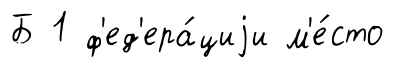
Б 1 ф'ед'ера́циjи м'е́сто